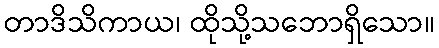
တာဒိသိကာယ၊ ထိုသို့သဘောရှိသော။